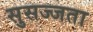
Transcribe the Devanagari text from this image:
सुसज्जता